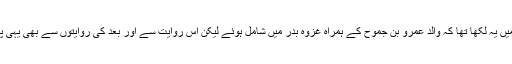
پہلی روایت جو بیان ہوئی تھی اس میں یہ لکھا تھا کہ والد عَمرِو بِن جَمُوح کے ہمراہ غزوۂ بدر میں شامل ہوئے لیکن اس روایت سے اور بعد کی روایتوں سے بھی یہی پتہ لگتا ہے کہ والد شامل نہیں تھے۔